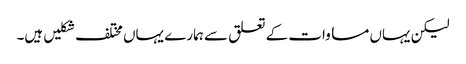
لیکن یہاں مساوات کے تعلق سے ہمارے یہاں مختلف شکلیں ہیں۔